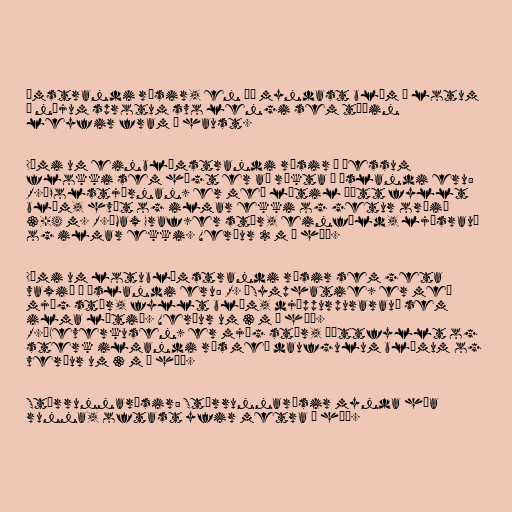
ómstrandi rósir, en þá myndast blóm í lotum
á nýjum sprotum svo lengi sem tíðin
leyfir fram á haust.

Dæmi um einblómstrandi rósir í þessum
flokki sem hægt er að rækta á Íslandi eru:
R.‘Polstjärnan’ er með lítil þétt fyllt
blóm, hvít og ilmar ekki og getur orðið
3-4 m. R.‘Max Graf’er stór, einföld, ljósrauð
og ilmar ekki. Verður 2 m á hæð.

Dæmi um lotublómstrandi rósir sem geta
vaxið á Íslandi eru: R. ‘Symphatie’ er með
mjög stór, fyllt blóm, djúppurpurarauð sem
ilma lítið. Verður um 3 m á hæð.
R.‘Leverkusen’ er mjög stór, þéttfyllt og
sterk ilmandi rós með daufgulum blómum og
verður um 3 m á hæð.

Stórrunnarósir: Stórrunnarósir mynda háa
runna, oftast yfir metra á hæð.